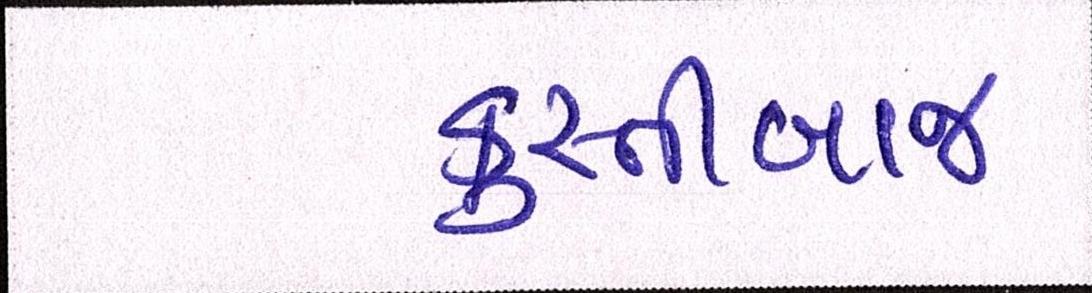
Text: કુસ્તીબાજ